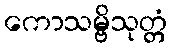
ကောသမ္ဗိသုတ္တံ